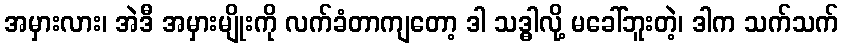
အမှားလား၊ အဲဒီ အမှားမျိုးကို လက်ခံတာကျတော့ ဒါ သဒ္ဓါလို့ မခေါ်ဘူးတဲ့၊ ဒါက သက်သက်